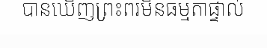
បានឃើញព្រះពរមិនធម្មតាផ្ទាល់